kultuurilooline_kollektsioon, lk 5
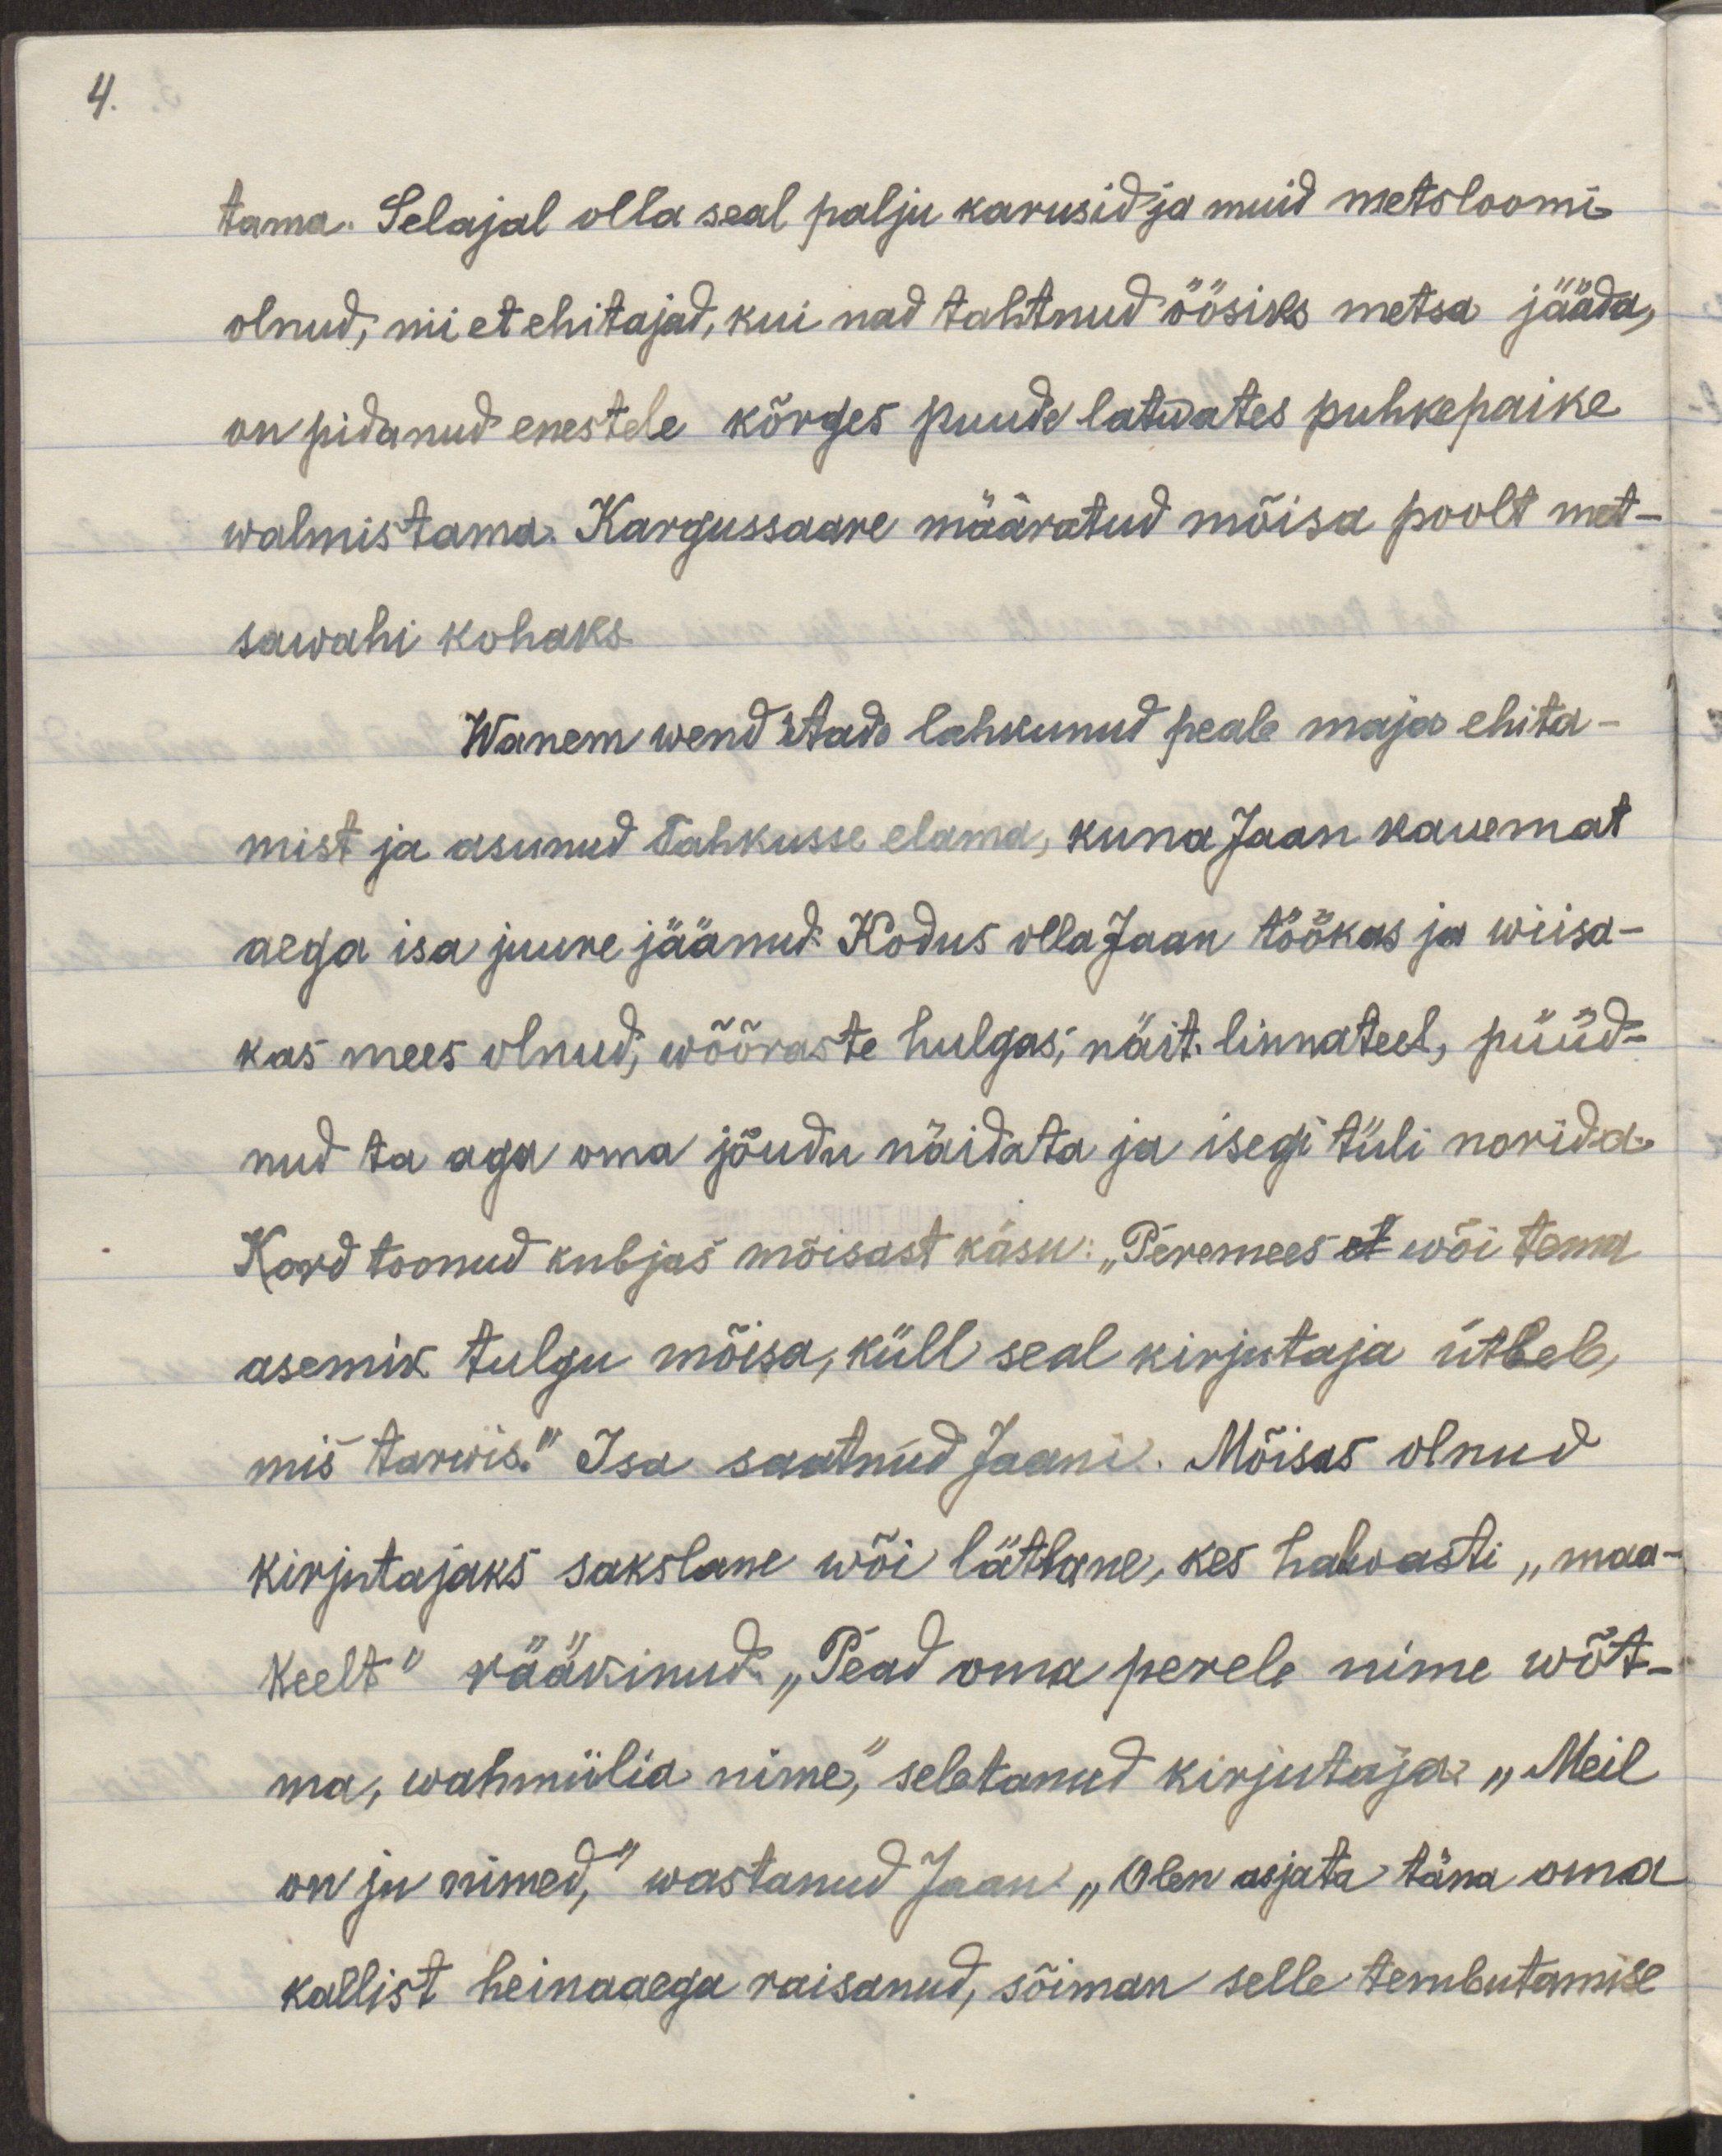
4.

tama. Selajal olla sääl palju karusid ja muid metsloomi
olnud, nii et ehitajad, kui nad tahtnud öösiseks metsa jääda,
on pidanud enestele kõrges puude latwates puhkepaike
walmistama. Kargussaare määratud mõisa poolt met-
sawahi kohaks.
Wanem vend Aado lahkunud peale maja ehita-
mist ja asunud Tahkusse elama, kuna Jaan kauemat
aega isa juure jäänud. Kodus olla Jaan töökas ja wiisa-
kas mees olnud, wõõraste hulgas, näit. linnateel, püüd-
nud ta aga oma jõudu näidata ja isegi tüli norida.
Kord toonud kubjas mõisast käsu: "Peremees wõi tema
asemik tulgu mõisa, küll seal kirjutaja ütleb,
mis tarwis." Isa saatnud Jaani. Mõisas olnud
kirjutajaks sakslane wõi lätlane, kes halvasti "maa-
keelt" rääkinud. "Pead oma perele nime wõt-
ma,  wahmiilia nime," seletanud kirjutaja "Meil
on ju nimed," wastanud Jaan. "Olen asjata täna oma
kallist heinaaega raisanud, sõiman selle tembutamise